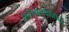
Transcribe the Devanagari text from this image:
भांडवरदारीस